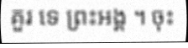
គួរ ទេ ព្រះអង្គ ។ ចុះ